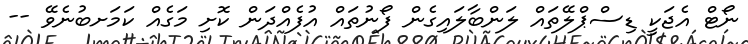
ނޯޓް އެޖަކީ ޑިސްޕްލޭތައް ލަންބާލައިގެން ފޯނުތައް އުފެއްދަން ކޮށި މަގެއް ކަމަށބުނެވޭ --